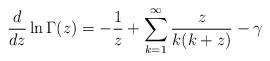
LaTeX: \begin{align*}\frac{d}{dz}\ln \Gamma(z)=-\frac{1}{z}+\sum_{k=1}^{\infty}\frac{z}{k(k+z)}-\gamma\end{align*}